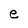
Character: e